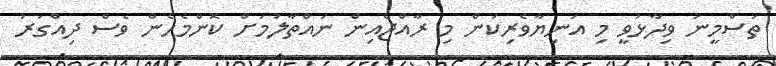
ތަސްމީނު ވިދާޅުވީ މި އަނިޔާވެރިކަން މި ރާއްޖެއިން ނައްތާލުމަށް ކޮންމެހެން ވެސް ދިއްގަރު